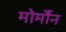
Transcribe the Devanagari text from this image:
मोर्मौन